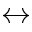
\leftrightarrow